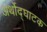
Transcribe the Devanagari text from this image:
अर्थोद्घाटक